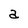
Character: a